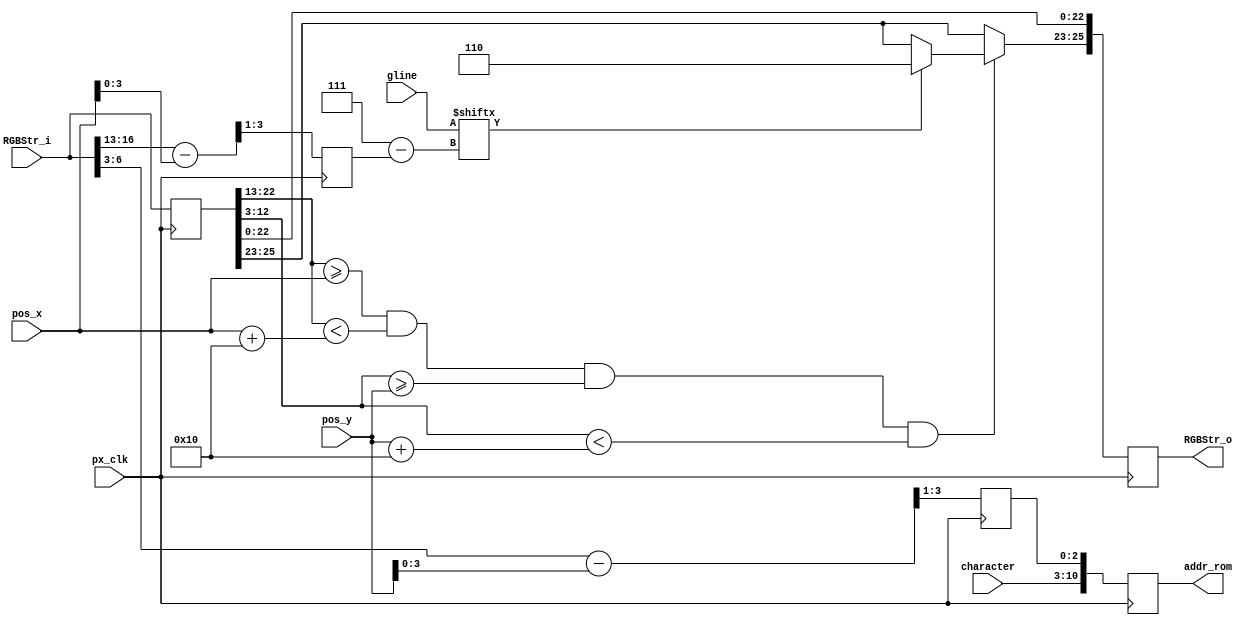
//////////////////////////////////////////////////////////////////////////////////
// Company: Ridotech
// 
// Module Name: DynCharacter
// Description: Dynamic block for read from a font and show a simple
//              character in a stream RGB.
//
// Dependencies: 
//
// Revision: 
// Revision 0.01 - File Created
// Revision 0.02 - Changed addressing ROM
//
// Additional Comments:
//
//
//////////////////////////////////////////////////////////////////////////////////
module DynCharacter #(
        parameter color_fg = 3'b110,            // Foreground font color.
        parameter color_bg = 3'b001,            // Background font color.
        parameter gsize = 16,                   // Glyph size.
        parameter alpha = 1                     // Transparent font.
        )
        (
        input wire        px_clk,      // Pixel clock.
        input wire [25:0] RGBStr_i,    // Input RGB stream.
        input wire [9:0]  pos_x,       // X screen position.
        input wire [9:0]  pos_y,       // Y screen position.
        input wire [7:0]  character,   // Character to stream.
        // ROM interface.
        output reg [10:0] addr_rom,    // Output address ROM.
        input wire [0:7]  gline,       // Glyph line.
        // RGB Stream output.
        output reg [25:0] RGBStr_o     // Output RGB stream.
        );

// Address alias. 
`define Active 0:0
`define VS 1:1
`define HS 2:2
`define YC 12:3
`define XC 22:13
`define R 23:23
`define G 24:24
`define B 25:25
`define RGB 25:23
`define VGA 22:0

// Dimensions and parameters for image of binary font.
parameter gw = 8;         // Glyph width.
parameter gh = 8;         // Glyph height.
parameter gc = 16;        // Glyphs for column.
parameter gr = 16;        // Glyphs for row.
parameter fw = gc*gw;     // Font image width.
parameter fh = gr*gh;     // Font image height.
wire [6:0] pcx;           // Position character X in image font.
wire [6:0] pcy;           // Position character Y in image font.

// Pixels dimensions and colors.
parameter psw = gsize >> 3;       // Pixel size width.
parameter psh = gsize >> 3;       // Pixel size height.
parameter sdiv = $clog2(psw);     // Shift divider for pixel size.
reg [2:0] px_color;               // Pixel color.

// Get glyph position in table ROM.
//assign pcx = character[3:0];
//assign pcy = character[7:4];

// Glyph point positon.
reg [2:0] glyph_x;
reg [2:0] glyph_y;

// Auxiliar pipeline.
reg [25:0] AuxStr1;
reg [25:0] AuxStr2;

// Stage 0: Calculate relative glyph position.
always @(posedge px_clk)
begin
// Changed in revision 0.02
//    addr_rom <= pcy*fw + glyph_y*gc + pcx;
    glyph_x <= (RGBStr_i[`XC] - pos_x) >> sdiv;
    glyph_y <= (RGBStr_i[`YC] - pos_y) >> sdiv;

    // Save auxiliary register for pipeline.
    AuxStr1 <= RGBStr_i;
end

// Stage 1: Calculate address ROM.
always @(posedge px_clk)
begin
    addr_rom <= {character,glyph_y};
end

// Stage 1: Calculate pixel color.
always @(posedge px_clk)
begin
    // Are we inside a character limit?
    if  (
        (AuxStr1[`XC] >= pos_x) && (AuxStr1[`XC] < (pos_x + psw*gw)) &&
        (AuxStr1[`YC] >= pos_y) && (AuxStr1[`YC] < (pos_y + psh*gh))
        )
        begin
            RGBStr_o[`RGB] <= gline[glyph_x] ? color_fg : ( alpha ? AuxStr1[`RGB] : color_bg);
        end
    else
        begin
            RGBStr_o[`RGB] <= AuxStr1[`RGB]; //px_color <= AuxStr1[`RGB];
        end

     // Save auxiliary register for pipeline.
//     AuxStr2 <= AuxStr1;

     // Clone VGA stream in a RGB stream.
    RGBStr_o[`VGA] <= AuxStr1[`VGA];

    // Draw the pixel in stream output RGB.
//    RGBStr_o[`RGB] <= px_color;
end

// Stage 2: Update output stream RGB.
always @(posedge px_clk)
begin
    // Clone VGA stream in a RGB stream.
 //   RGBStr_o[`VGA] <= AuxStr2[`VGA];

    // Draw the pixel in stream output RGB.
   // RGBStr_o[`RGB] <= px_color;
end

endmodule